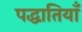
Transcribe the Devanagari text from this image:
पद्धातियाँ